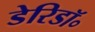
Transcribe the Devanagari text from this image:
डेरिडॉ॰